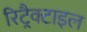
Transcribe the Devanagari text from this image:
रिट्रैक्टाइल